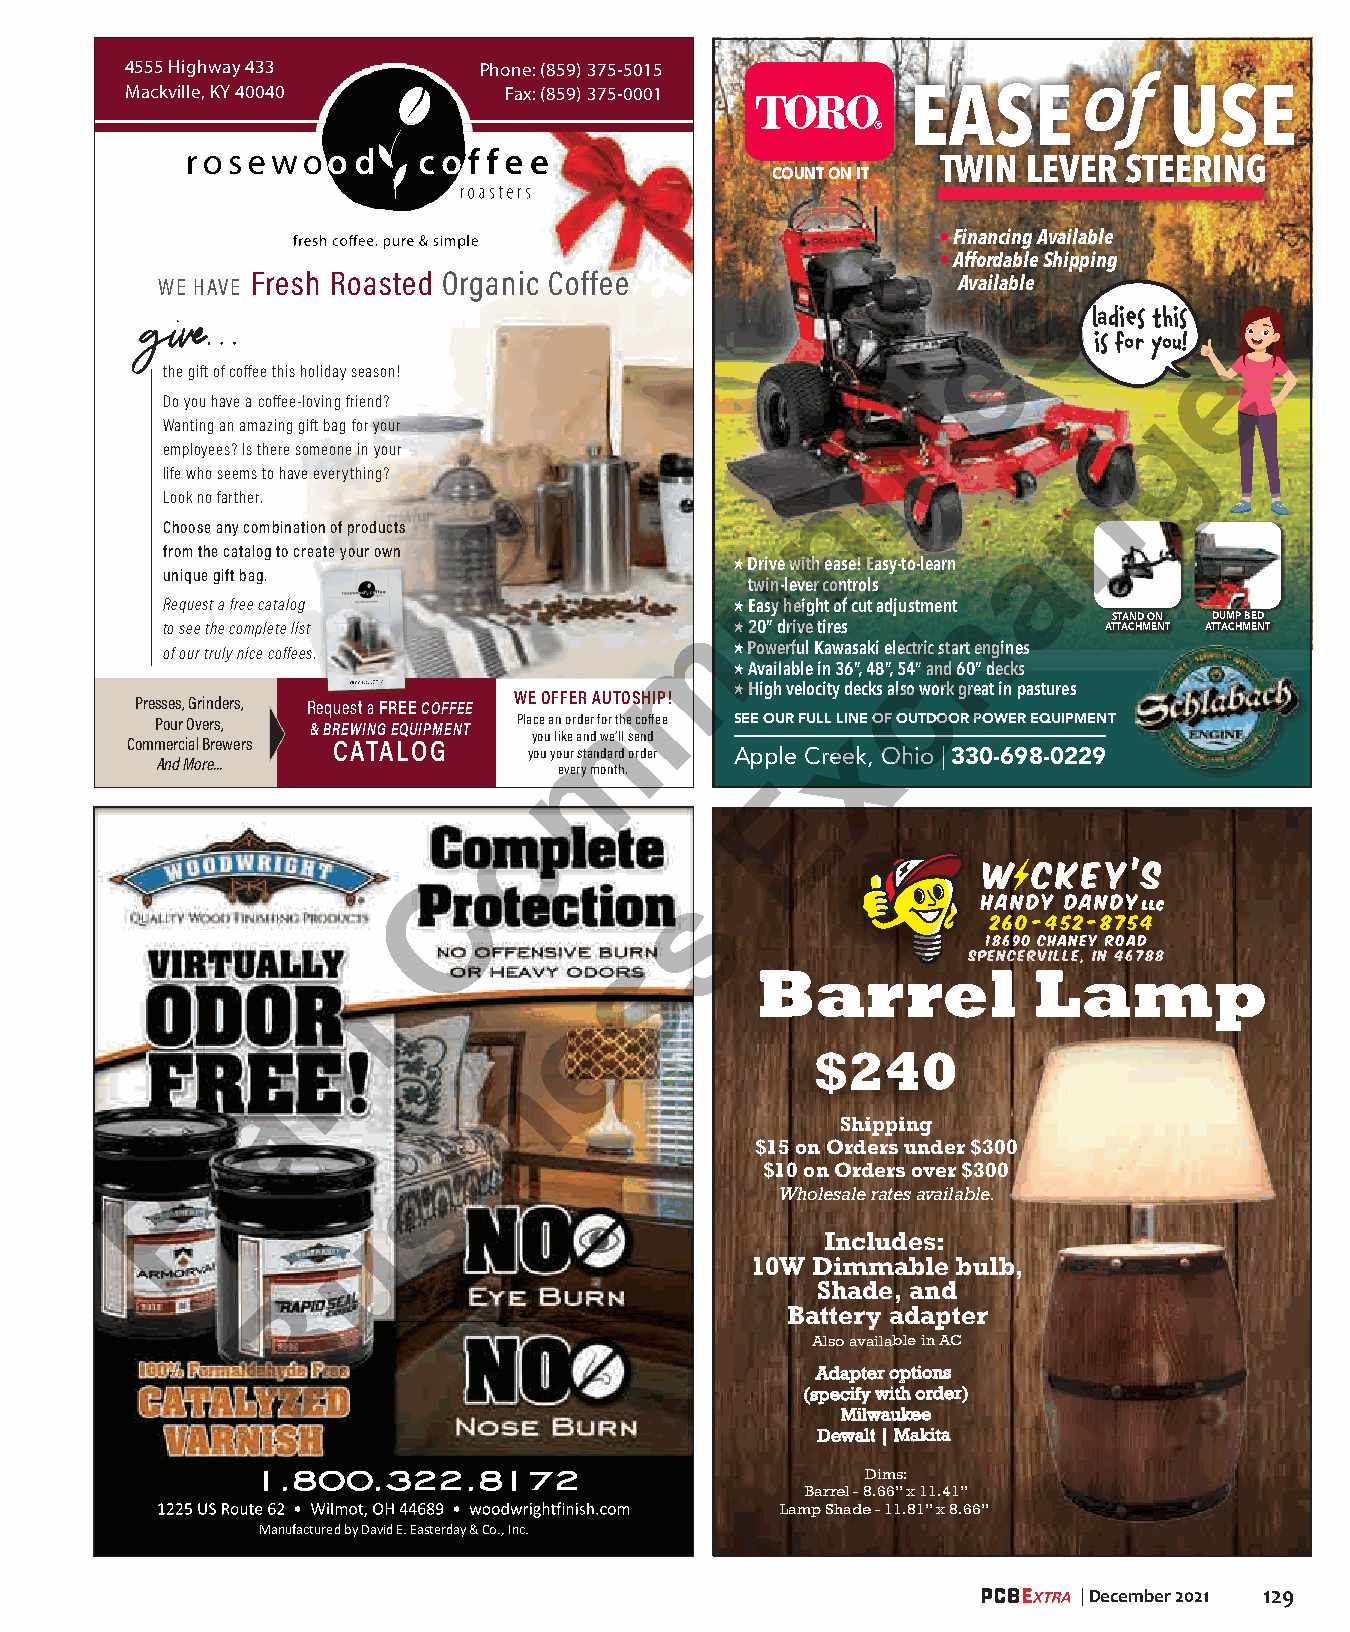
4555 Highway 433        Phone: (859) 375-5015
 of
 Mackville, KY 40040      Fax: (859) 375-0001        EASE             USE
 TWIN  LEVER  STEERING
 COUNT ON IT
 • Financing Available
 • Affordable Shipping
 WE HAVE
 Fresh Roasted Organic Coffee                  Availables
 give ...
 ladies this
 e
 is for you! e
 the gift of coffee this holiday season!
 Do you have a coffee-loving friend?               i
 g
 Wanting an amazing gift bag for your            t
 employees? Is there someone in your
 i
 life who seems to have everything?                           n
 n
 Look no farther.
 Choose any combination of products
 a
 from the catalog to create your own   � Druive with ease! Easy-to-learn
 unique gift bag.
 twin-lever controls
 Request a free catalog                � Easy height of cut adjustment h
 to see the complete list           m  � 20” drive tires       ATS TT AA CN HD M O EN N T ATD TU AM CHP MBE ED N T
 of our truly nice coffees.            � Powerful Kawasaki electric start engines
 � Available in 36”, 48”, 5c4” and 60” decks
 2022C&O BFRFEEWE IPNRGO GDUUICDTE � High velocity decks also work great in pastures
 Presses, Grinders, Request a FREECOFFEE WE OFFER AUTOSHIP!
 Pour Overs, & BREWING EQUIPMENT Place an order fomr the coffee SEE OUR FULL L xINE OF OUTDOOR POWER EQUIPMENT
 you like and we’ll send
 Commercial Brewers CATALOG
 you your standard order Apple Creek, Ohio | 330-698-0229
 And More...
 every month.
 E
 o
 C
 s
 260 -452 -8754
 18690 Chaney RoaD
 s
 Spencerville, In 46788
 Barrel            Lamp
 n
 e
 i                                   $240
 n
 a
 Shipping
 i
 l                                    $15 on Orders under $300
 s                      $10 on Orders over $300
 P
 Wholesale rates available.
 u
 Includes:
 10W Dimmable bulb,
 Shade, and
 B
 Battery adapter
 Also available in AC
 Adapter options
 (specify with order)
 Milwaukee
 Dewalt | Makita
 1.800.322.8172                          Dims:
 Barrel - 8.66” x 11.41”
 Lamp Shade - 11.81” x 8.66”
 Manufactured by David E. Easterday & Co., Inc.
 | December 2021 129